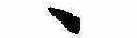
ゝ